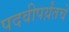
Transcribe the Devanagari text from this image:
पदवीपर्य़ंतचे